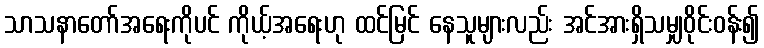
သာသနာတော်အရေးကိုပင် ကိုယ့်အရေးဟု ထင်မြင် နေသူများလည်း အင်အားရှိသမျှဝိုင်းဝန်း၍